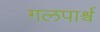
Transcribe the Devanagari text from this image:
गलपार्श्व